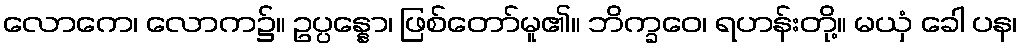
လောကေ၊ လောက၌။ ဥပ္ပန္နော၊ ဖြစ်တော်မူ၏။ ဘိက္ခဝေ၊ ရဟန်းတို့။ မယှံ ခေါ ပန၊